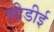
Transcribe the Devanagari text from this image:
सीडीई